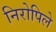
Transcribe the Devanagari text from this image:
निरोपिले